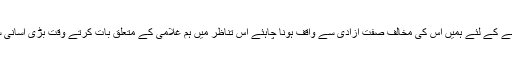
غلامی بھی ایسی ہی ایک صفت یا حالت کا نام جس کو پہچا ننے کے لئے ہمیں اس کی مخالف صفت آزادی سے واقف ہونا چاہئے اس تناظر میں ہم غلامی کے متعلق بات کرتے وقت بڑی آسانی سے کہہ سکتے ہیں کہ جو بندہ آزاد نہیں ہوتا وہ غلام ہوتا ہے۔